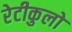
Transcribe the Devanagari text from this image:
रेटीकुलो